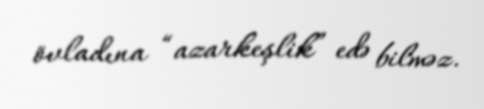
övladına “azarkeşlik” edə bilməz.